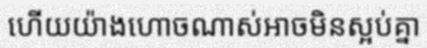
ហើយយ៉ាងហោចណាស់អាចមិនស្អប់គ្នា